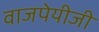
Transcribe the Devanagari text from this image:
वाजपेयीजी